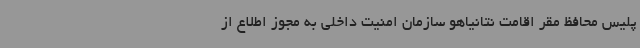
پلیس محافظ مقر اقامت نتانیاهو سازمان امنیت داخلی به مجوز اطلاع از